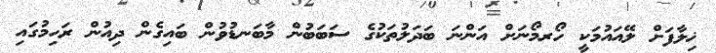
ޚިލާފަށް ލޭއައުމަކީ ހޯރމޯނަށް އަންނަ ބަދަލުތަކުގެ ސަބަބުން މާބަނޑުވުން ބައިގެން ދިއުން ރަހިމުގައި